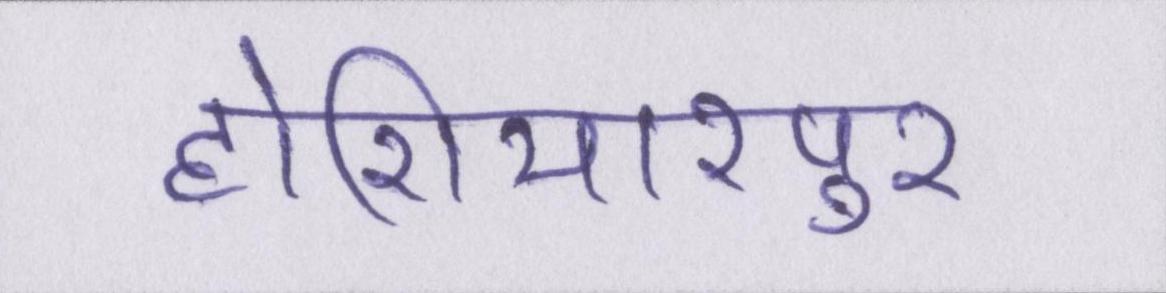
होशियारपुर